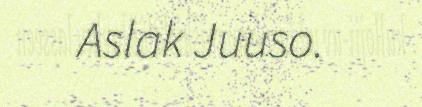
Aslak Juuso.